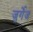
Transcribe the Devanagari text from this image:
जुर्गेज